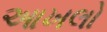
આખલો